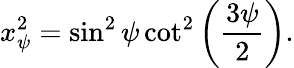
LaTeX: x_{\psi}^{2}=\sin^{2}\psi\cot^{2}\left(\frac{3\psi}{2}\right).